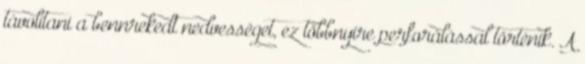
távolítani a bennrekedt nedvességet, ez többnyire perforálással történik. A